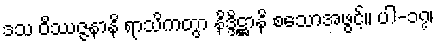
ဒသ ဝိဿဇ္ဇနာနိ ရာသိကတွာ နိဒ္ဒိဋ္ဌာနိ စသောအဖွင့်။ ပါ-၁၇၊